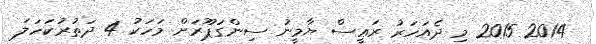
2014 2015 މި ދެއަހަރު ރަޢީސް ޔާމީނު ސިންގަޕޫރަށް މަހަކު 4 ދަތުރުކަހަލަ